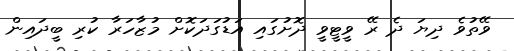
ވޭތުވެ ދިޔަ ދެ ރޭ ވީޓީވީ ދޮށުގައި އަޑުގަދަކޮށް މުޒާހަރާ ކުރި ބީދައިން